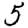
Digit: 5